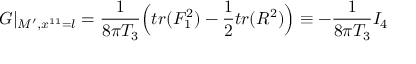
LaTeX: G \vert _ { { \cal M } ^ { \prime } , x ^ { 1 1 } = l } = { \frac { 1 } { 8 \pi T _ { 3 } } } \Big ( t r ( F _ { 1 } ^ { 2 } ) - { \frac { 1 } { 2 } } t r ( R ^ { 2 } ) \Big ) \equiv - { \frac { 1 } { 8 \pi T _ { 3 } } } I _ { 4 }